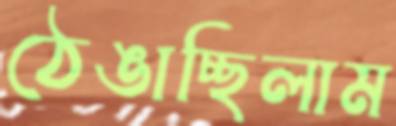
ঠেঙাচ্ছিলাম